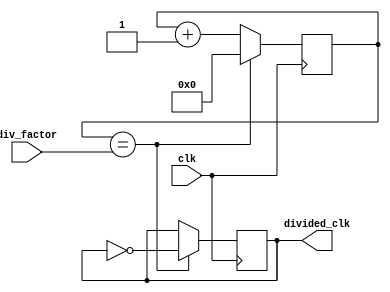
module RippleCounterClockDivider (
    input wire clk,
    input wire [3:0] div_factor,
    output wire divided_clk
);

reg [3:0] count;

always @ (posedge clk) begin
    if (count == div_factor) begin
        count <= 0;
        divided_clk <= ~divided_clk;
    end
    else begin
        count <= count + 1;
    end
end

endmodule